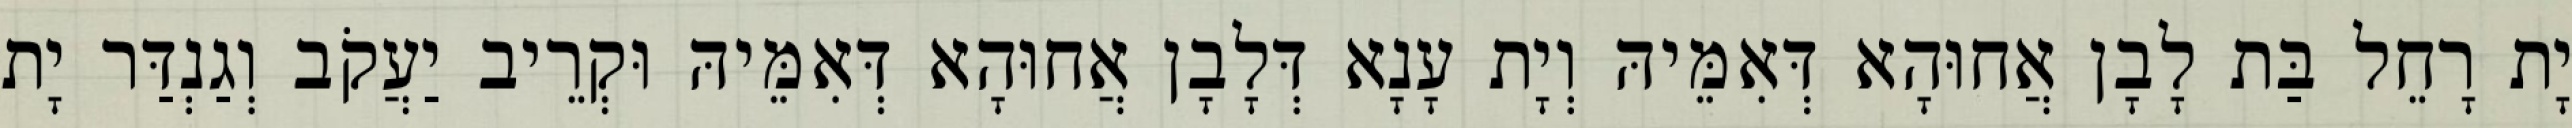
יָת רָחֵל בַּת לָבָן אֲחוּהָא דְּאִמֵּיהּ וְיָת עָנָא דְּלָבָן אֲחוּהָא דְּאִמֵּיהּ וּקְרֵיב יַעֲקֹב וְגַנְדַּר יָת